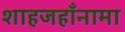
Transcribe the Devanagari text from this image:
शाहजहाँनामा